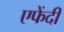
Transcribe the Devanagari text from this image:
एफेंदी